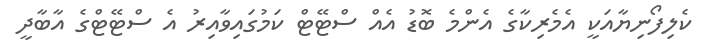
ކެލިފޯނިޔާއަކީ އެމެރިކާގެ އެންމެ ބޮޑު އެއް ސްޓޭޓް ކަމުގައިވާއިރު އެ ސްޓޭޓްގެ އާބާދީ